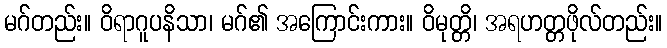
မဂ်တည်း။ ဝိရာဂူပနိသာ၊ မဂ်၏ အကြောင်းကား။ ဝိမုတ္တိ၊ အရဟတ္တဖိုလ်တည်း။